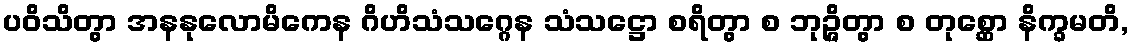
ပဝိသိတွာ အနနုလောမိကေန ဂိဟိသံသဂ္ဂေန သံသဋ္ဌော စရိတွာ စ ဘုဉ္ဇိတွာ စ တုစ္ဆော နိက္ခမတိ,